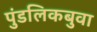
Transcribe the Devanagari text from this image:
पुंडलिकबुवा